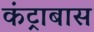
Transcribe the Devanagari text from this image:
कंट्राबास